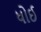
ધોઈ